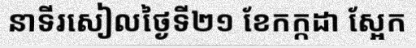
នាទីរសៀលថ្ងៃទី២១ ខែកក្កដា ស្អែក